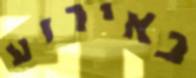
באירוע